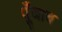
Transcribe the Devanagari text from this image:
पूँजाब